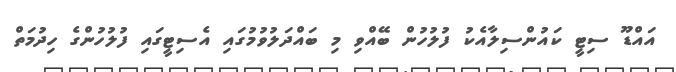
އައްޑޫ ސިޓީ ކައުންސިލާއެކު ފުލުހުން ބޭއްވި މި ބައްދަލުވުމުގައި އެސިޓީގައި ފުލުހުންގެ ހިދުމަތް